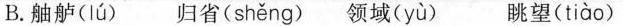
B.舳舻( lú ) 归省( shěng ) 领域( yù ) 眺望( tiào )